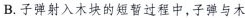
B.子弹射入木块的短暂过程中，子弹与木